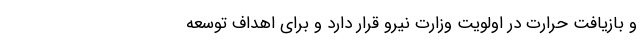
و بازیافت حرارت در اولویت وزارت نیرو قرار دارد و برای اهداف توسعه